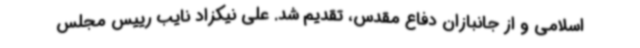
اسلامی و از جانبازان دفاع مقدس، تقدیم شد. علی نیکزاد نایب رییس مجلس